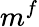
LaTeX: m^{f}